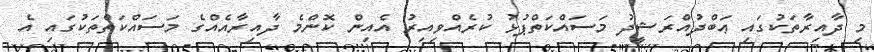
މި ދާއިރާތަކުގައި ޢަބްދުއްރަޝީދު މަސައްކަތްޕުޅު ކުރެއްވިއިރު އެއިން ކޮންމެ ދާއިރާއެއްގެ މަސައްކަތްތަކުގައި އެ